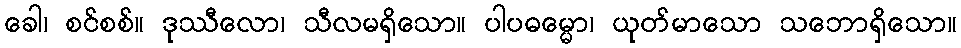
ခေါ၊ စင်စစ်။ ဒုဿီလော၊ သီလမရှိသော။ ပါပဓမ္မော၊ ယုတ်မာသော သဘောရှိသော။